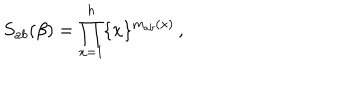
LaTeX: S _ { a b } ( \beta ) = \prod _ { x = 1 } ^ { h } \{ x \} ^ { m _ { a b } ( x ) } \, ,